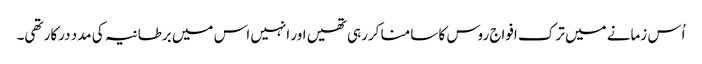
اُس زمانے میں ترک افواج روس کا سامنا کررہی تھیں اور انہیں اس میں برطانیہ کی مدد درکار تھی۔